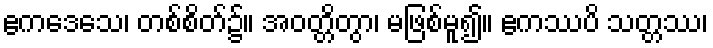
ဧကဒေသေ၊ တစ်စိတ်၌။ အဝတ္တိတွာ၊ မဖြစ်မူ၍။ ဧကဿပိ သတ္တဿ၊